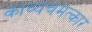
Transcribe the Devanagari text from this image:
काव्यचमत्कार